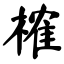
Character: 榷